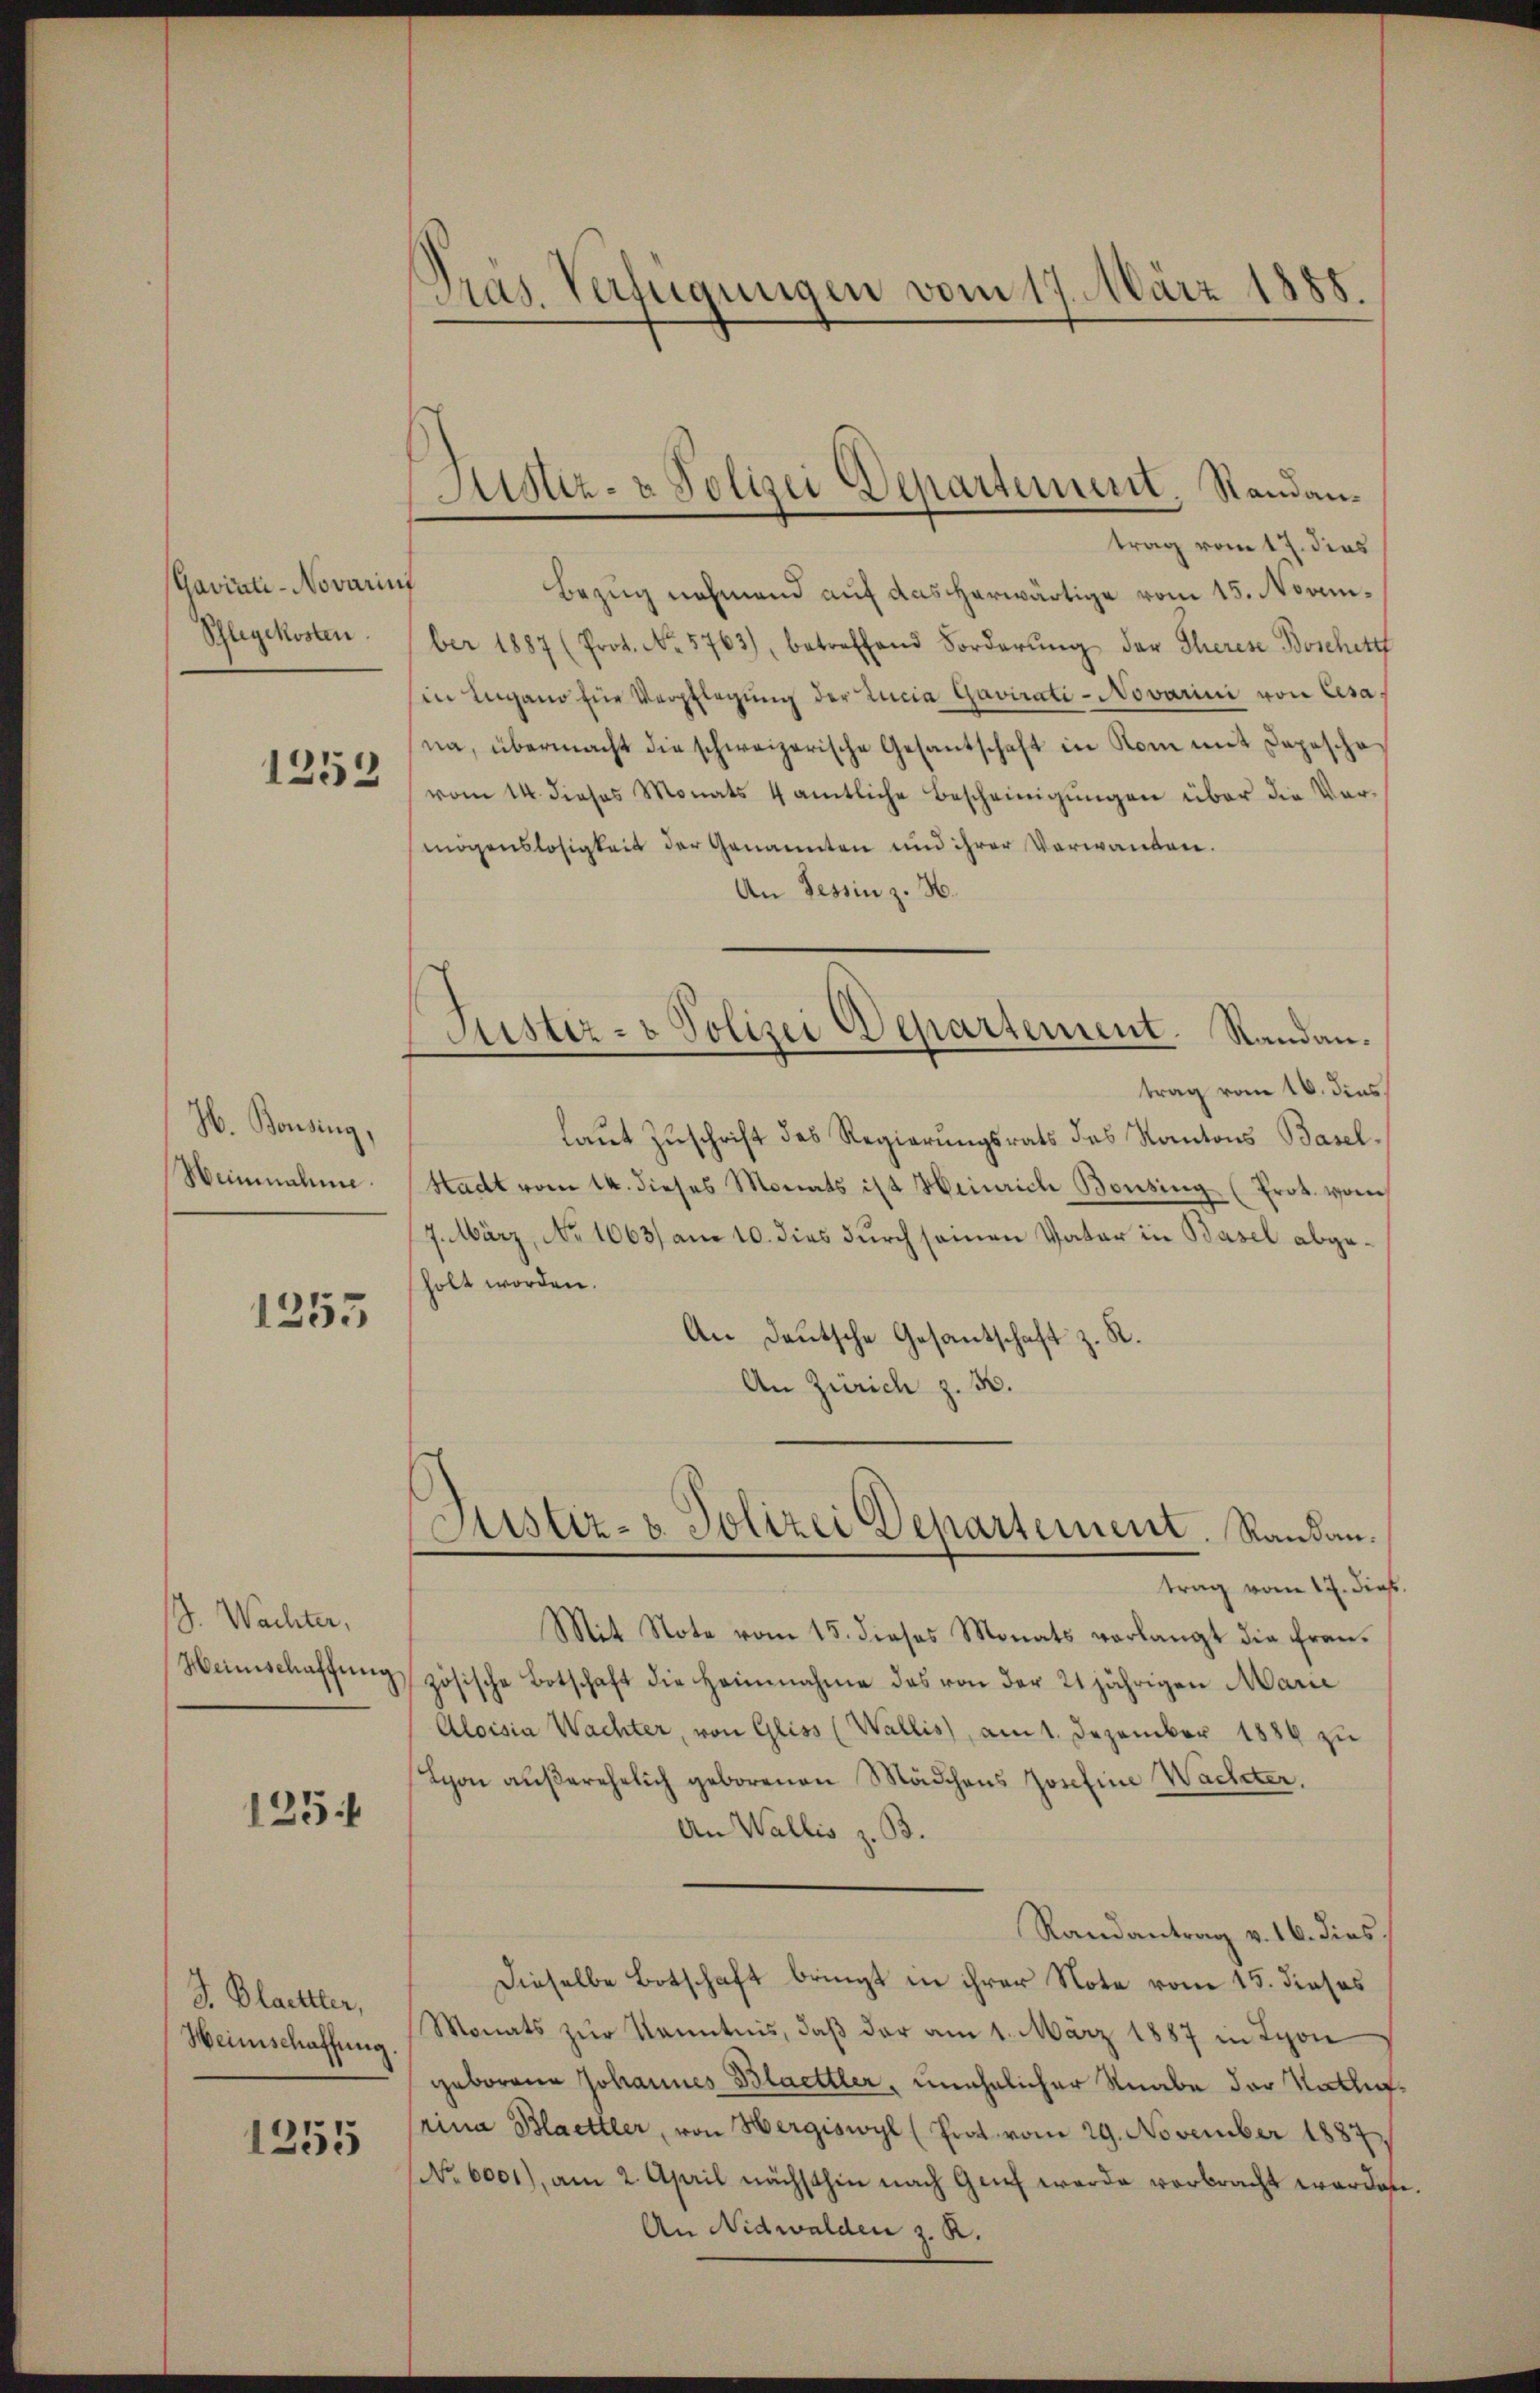
scaviati-Novarius
Schlegekosten.

1253

H. Bonsing,
Heinnahme.

1255

S. Wachter,
Heinschaffung

125

J. Blaettler,
Heimschaffung

1255

Pras. Verfügungen vom 17. März 1888.

Sistiz- & Polizei Departement. Standantrag vom 17. dies

Bezug nehmend auf das herwärtige vom 15. Noanber 1887 (Prot. No. 5763), betreffend Forderŭng der Therese Boschett
Ein Lugano für Verpflegŭng der Lucia Gavirati-Novarini von Cesana, übermacht die schweizerische Gesantschaft in Rom mit Depesche
vom 14. dieses Monats 4 amtliche Bescheinigŭngen über die Vor-
mögenslosigkeit der Genannten und ihrer Verwanden.
An Tessin z. H.
Justiz- & Polizei Departement. Randantrag vom 16. dies
laut Zuschrift des Regierungsrats des Kantons Basel.
Stadt vom 14. dieses Monats ist Heinrich Bonsing (Prot. vom
7. März, No 1063) am 10. dies durch seien Vater in Basel abgeholt worden.
An Deutsche Gesantschaft z. R.
An Zürich z. B.

Justiz- u. Polizei Departement. Randau.

trag vom 17. dies
Mit Note vom 15. dieses Monats verlangt die Frauzösische Botschaft die Heimnahme des von der 21 jährigen Marie
Aloisia Wachter, von Gliss (Wallis, am 1. Dezember 1884 zu
Scon außerehelich geborenen Mädchens Josefine Wacheter.
An Wallis z. B.
Randantrag v. 16. dies.
Dieselbe Botschaft bringt in ihrer Note vom 15. dieses
Monats zur Kenntnis, daß der am 1. März 1887 in Lyon
geborene Johannes Blaettler, unehelicher Knabe der Natlirina Blaettler, von Hergiswyl (Prot. vom 29. November 1887
No 6001), am 2. April nächsthin nach Genf werde verbracht werden.
An Nidwalden z. R.